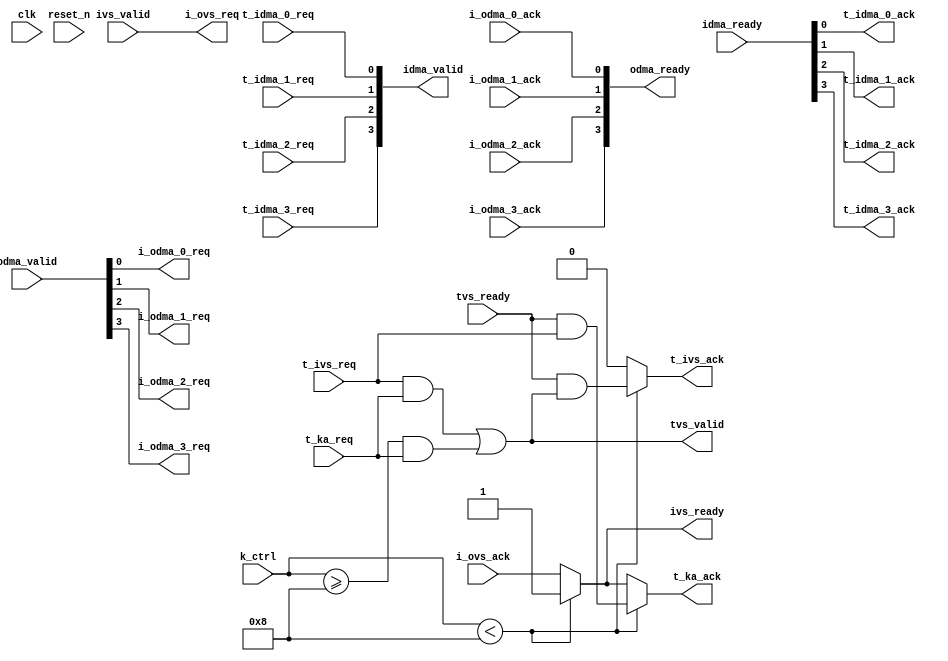

module vmem_ctrl_6_5
  (
   input wire                          t_idma_0_req,
   output wire                        t_idma_0_ack,
   input wire                          t_idma_1_req,
   output wire                        t_idma_1_ack,
   input wire                          t_idma_2_req,
   output wire                        t_idma_2_ack,
   input wire                          t_idma_3_req,
   output wire                        t_idma_3_ack,

   output wire                        i_odma_0_req,
   input wire                          i_odma_0_ack,
   output wire                        i_odma_1_req,
   input wire                          i_odma_1_ack,
   output wire                        i_odma_2_req,
   input wire                          i_odma_2_ack,
   output wire                        i_odma_3_req,
   input wire                          i_odma_3_ack,

   input wire                          t_ka_req,
   output wire                         t_ka_ack,

   input wire                          t_ivs_req,
   output wire                        t_ivs_ack,

   output wire                        i_ovs_req,
   input wire                          i_ovs_ack,

   //exports
   output wire [3:0]    idma_valid,
   input wire [3:0]      idma_ready,

   input wire [3:0]      odma_valid,
   output wire [3:0]    odma_ready,

   output wire                        tvs_valid,
   input wire                          tvs_ready,

   input wire                          ivs_valid,
   output wire                        ivs_ready,

   input wire [3:0] k_ctrl,

   input wire                          clk, reset_n
   );

  assign idma_valid={t_idma_3_req,t_idma_2_req,t_idma_1_req,t_idma_0_req};
   assign t_idma_0_ack=idma_ready[0];
   assign t_idma_1_ack=idma_ready[1];
   assign t_idma_2_ack=idma_ready[2];
   assign t_idma_3_ack=idma_ready[3];   

   assign i_odma_0_req=odma_valid[0];
   assign i_odma_1_req=odma_valid[1];
   assign i_odma_2_req=odma_valid[2];
   assign i_odma_3_req=odma_valid[3];
   assign odma_ready={i_odma_3_ack,i_odma_2_ack,i_odma_1_ack,i_odma_0_ack};

  //assign t_ka_ack=(k_ctrl<8)?tvs_ready&t_ivs_req:ivs_valid&ivs_ready;
   assign t_ka_ack=(k_ctrl<8)?tvs_ready&t_ivs_req:ivs_ready;

   assign tvs_valid=(t_ivs_req&t_ka_req)|(k_ctrl>=8 && t_ka_req);
   assign t_ivs_ack=(k_ctrl<8)?tvs_ready&tvs_valid:0;

   assign i_ovs_req=ivs_valid;
//&t_ka_req;
   assign ivs_ready=(k_ctrl<8)?1'b1:i_ovs_ack;
   //assign ivs_ready=i_ovs_ack;

endmodule